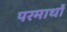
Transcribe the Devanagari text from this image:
परमार्थो